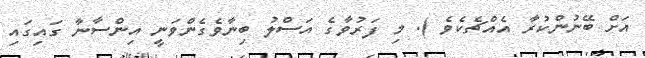
އަށް ބޭނުންކުރާ އެއްޗެކެވެ ). މި ފަރުވާގެ އަސްލު ބިނާވެގެންވަނީ އިންސާނާ ގައިގައި